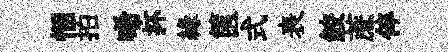
悃拍唏抔縁篋式表鮫蔗倅